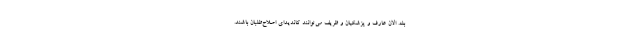
بله. الان عارف و پزشکیان و ظریف می‌توانند کاندیدای اصلاح‌طلبان باشند.